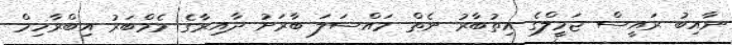
ނާއިބު ރައީސް ޖަމީލްގެ އިތުބާރު ނެތް މައްސަލަ ބާރަށު ދާއިރާގެ މެމްބަރު އިބްރާހިމް